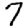
Digit: 7